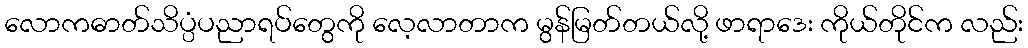
လောကဓာတ်သိပ္ပံပညာရပ်တွေကို လေ့လာတာက မွန်မြတ်တယ်လို့ ဖာရာဒေး ကိုယ်တိုင်က လည်း